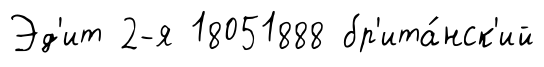
Эд'ит 2-я 18051888 бр'ита́нск'ий